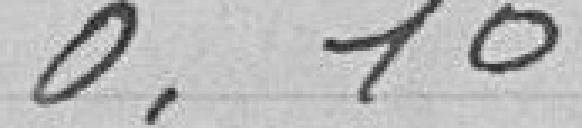
Les droits sont révisables tous les 5 ans